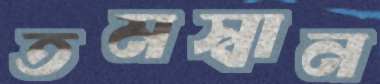
তমস্বান